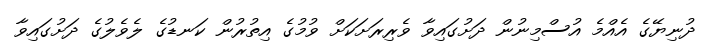
ދުނިޔޭގެ އެއްމެ އުސްމިނުން ދަށުގައިވާ ވެރިރަށަކަށް ވުމުގެ އިތުރުން ކަނޑުގެ ލެވެލުގެ ދަށުގައިވާ